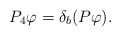
\begin{align*}P_4\varphi=\delta_b(P\varphi).\end{align*}